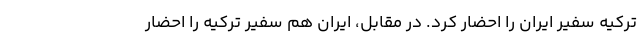
ترکیه سفیر ایران را احضار کرد. در مقابل، ایران هم سفیر ترکیه را احضار